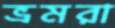
ভ্রমরা